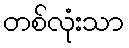
တစ်လုံးသာ